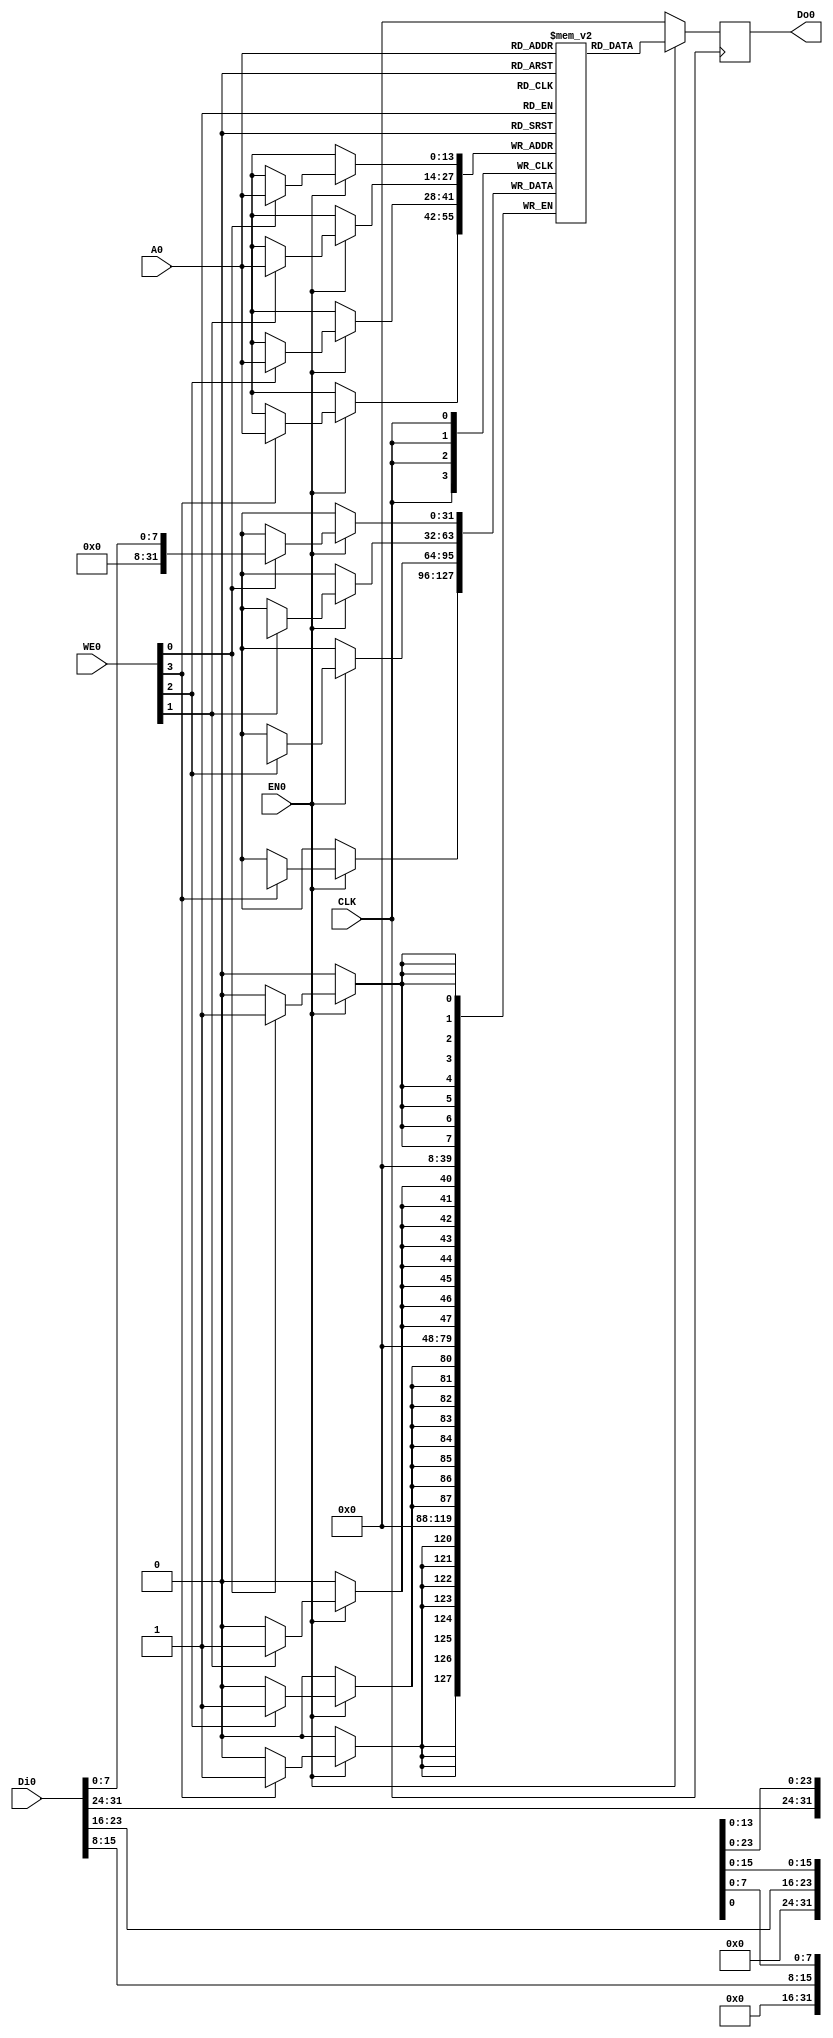
module lutram#(
    parameter N = 14,
    parameter DEPTH = 16384
)(
    CLK,
    WE0,
    EN0,
    Di0,
    Do0,
    A0
);

    input   wire            CLK;
    input   wire    [3:0]   WE0;
    input   wire            EN0;
    input   wire    [31:0]  Di0;
    output  reg     [31:0]  Do0;
    input   wire    [N-1:0]   A0;

    // 16 kB
//    (* ram_style = "reg" *) reg [31:0] RAM[0:DEPTH-1];
//    (* ram_style = "block" *) reg [31:0] RAM[0:DEPTH-1];
//    (* ram_style = "distributed" *) reg [31:0] RAM[0:DEPTH-1];
    reg [31:0] RAM[0:DEPTH-1];

    always @(posedge CLK)
        if(EN0) begin
            Do0 <= RAM[A0[N-1:0]];
            if(WE0[0]) RAM[A0[N-1:0]][7:0] <= Di0[7:0];
            if(WE0[1]) RAM[A0[N-1:0]][15:8] <= Di0[15:8];
            if(WE0[2]) RAM[A0[N-1:0]][23:16] <= Di0[23:16];
            if(WE0[3]) RAM[A0[N-1:0]][31:24] <= Di0[31:24];
        end
        else begin
            Do0 <= 32'b0;
        end 
        

        
endmodule